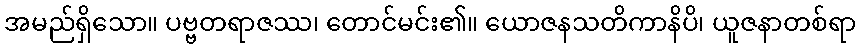
အမည်ရှိသော။ ပဗ္ဗတရာဇဿ၊ တောင်မင်း၏။ ယောဇနသတိကာနိပိ၊ ယူဇနာတစ်ရာ